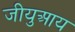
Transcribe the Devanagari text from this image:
जीयुआय